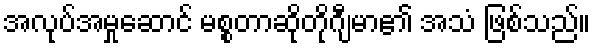
အလုပ်အမှုဆောင် မစ္စတာဆိုတိုဂျီမာ၏ အသံ ဖြစ်သည်။